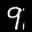
Label: 9